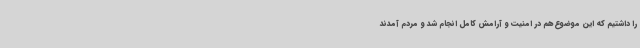
را داشتیم که این موضوع هم در امنیت و آرامش کامل انجام شد و مردم آمدند